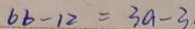
6 b - 1 2 = 3 a - 3